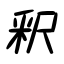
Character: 釈